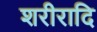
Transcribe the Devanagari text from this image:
शरीरादि